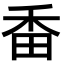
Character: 𤱜